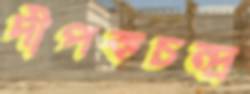
দীপকচন্দ্র